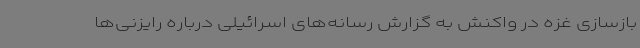
بازسازی غزه در واکنش به گزارش رسانه‌های اسرائیلی درباره رایزنی‌ها